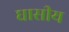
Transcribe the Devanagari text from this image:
घासीय